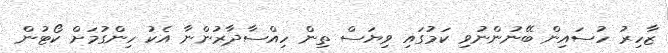
ޒާހިރު ހުސައިން ބޭނުންނުވި ކަމުގައި ވިޔަސް ތިން ހިއްސާދާރުންނާ އެކު ހިންގުމަށް ކޯޓުން